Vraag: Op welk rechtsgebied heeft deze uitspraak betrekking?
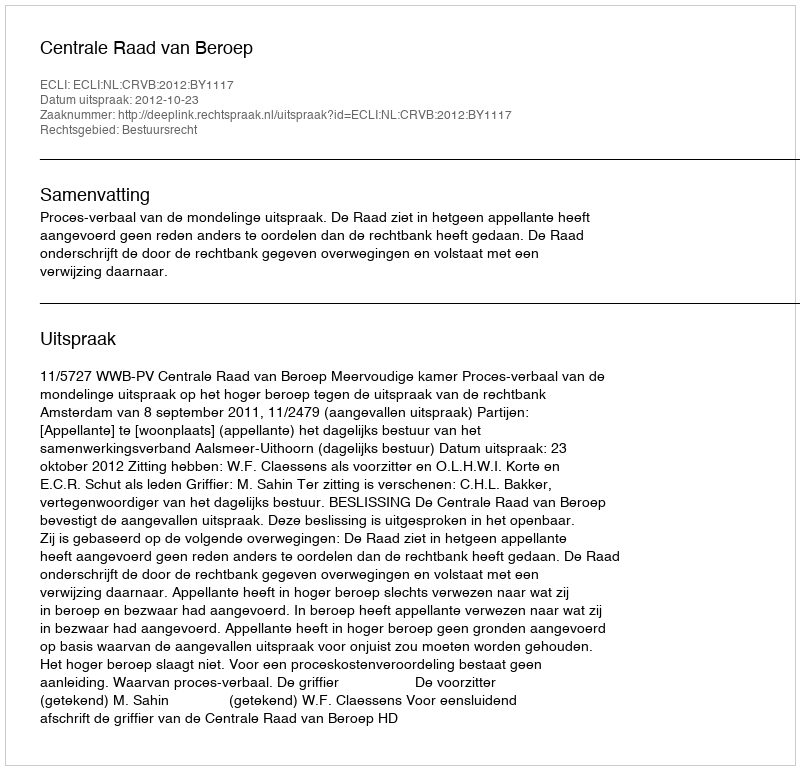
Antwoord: Bestuursrecht